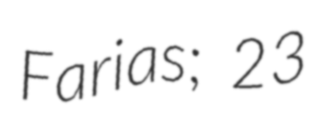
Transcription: Farias; 23